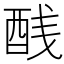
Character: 𬪨